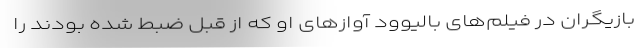
بازیگران در فیلم‌های بالیوود آوازهای او که از قبل ضبط شده بودند را